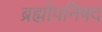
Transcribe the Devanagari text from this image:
ब्रह्मोपनिषद